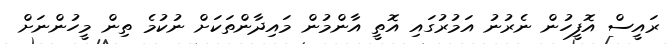
ރައީސް އޮފީހުން ނެރުނު އަމުރުގައި އޮތީ އާންމުން މައިދާންތަކަށް ނުކުމެ ތިން މީހުންނަށް